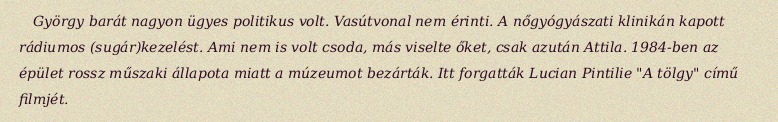
György barát nagyon ügyes politikus volt. Vasútvonal nem érinti. A nőgyógyászati klinikán kapott rádiumos (sugár)kezelést. Ami nem is volt csoda, más viselte őket, csak azután Attila. 1984-ben az épület rossz műszaki állapota miatt a múzeumot bezárták. Itt forgatták Lucian Pintilie "A tölgy" című filmjét.